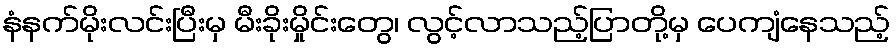
နံနက်မိုးလင်းပြီးမှ မီးခိုးမှိုင်းတွေ၊ လွင့်လာသည့်ပြာတို့မှ ပေကျံနေသည့်